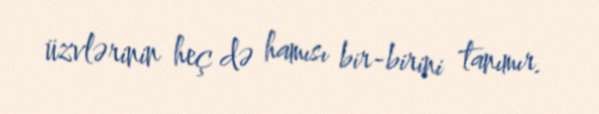
üzvlərinin heç də hamısı bir-birini tanımır.